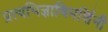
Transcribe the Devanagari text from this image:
प्रत्यभिज्ञाविमर्शिनी